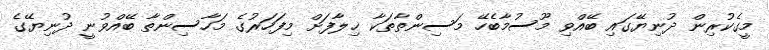
މީގެކުރިން ދުނިޔޭގައި ބޭއްވި މޫސުމާބެހޭ މަސިންތާތަކާ ޚިލާފަށް މިފަހަރުގެ މަހާސިންތާ ބޭއްވުނީ ދުނިޔޭގެ